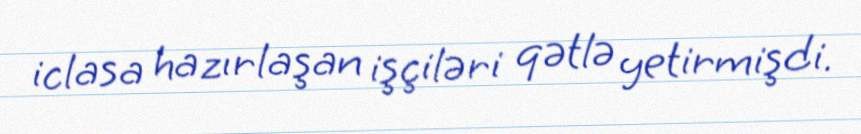
iclasa hazırlaşan işçiləri qətlə yetirmişdi.